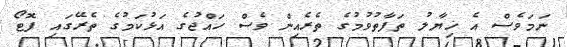
ނަމަވެސް އެ ޚިޔާލު ތަފާތުވުމުގެ ތެރެއިން ވެސް ހައްޖުގެ އަޅުކަމުގެ ތެރޭގައި ފޮޓޯ